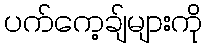
ပက်ကေ့ချ်များကို